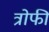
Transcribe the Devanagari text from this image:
त्रोफी